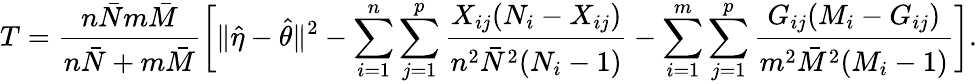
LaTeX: T=\frac{n\bar{N}m\bar{M}}{n\bar{N}+m\bar{M}}\biggl[\| \hat{\eta}-\hat{\theta}\| ^{2}-\sum_{i=1}^{n}\sum_{j=1}^{p}\frac{X_{ij}(N_{i}-X_{ij})}{n^{2}\bar{N}^{2}(N_{i}-1)}-\sum_{i=1}^{m}\sum_{j=1}^{p}\frac{G_{ij}(M_{i}-G_{ij})}{m^{2}\bar{M}^{2}(M_{i}-1)}\biggr].